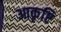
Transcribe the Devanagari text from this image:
आकृष्टि